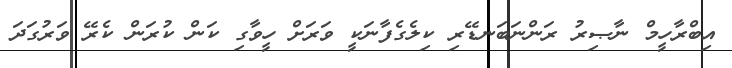
އިބްރާހީމް ނާޞިރު ރަންނަބަނޑޭރި ކިލެގެފާނަކީ ވަރަށް ހީވާގި ކަން ކުރަން ކެރޭ ވަރުގަދަ